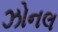
ઝોનલ